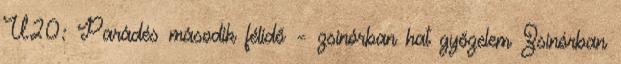
U20: Parádés második félidő – zsinórban hat győzelem Zsinórban